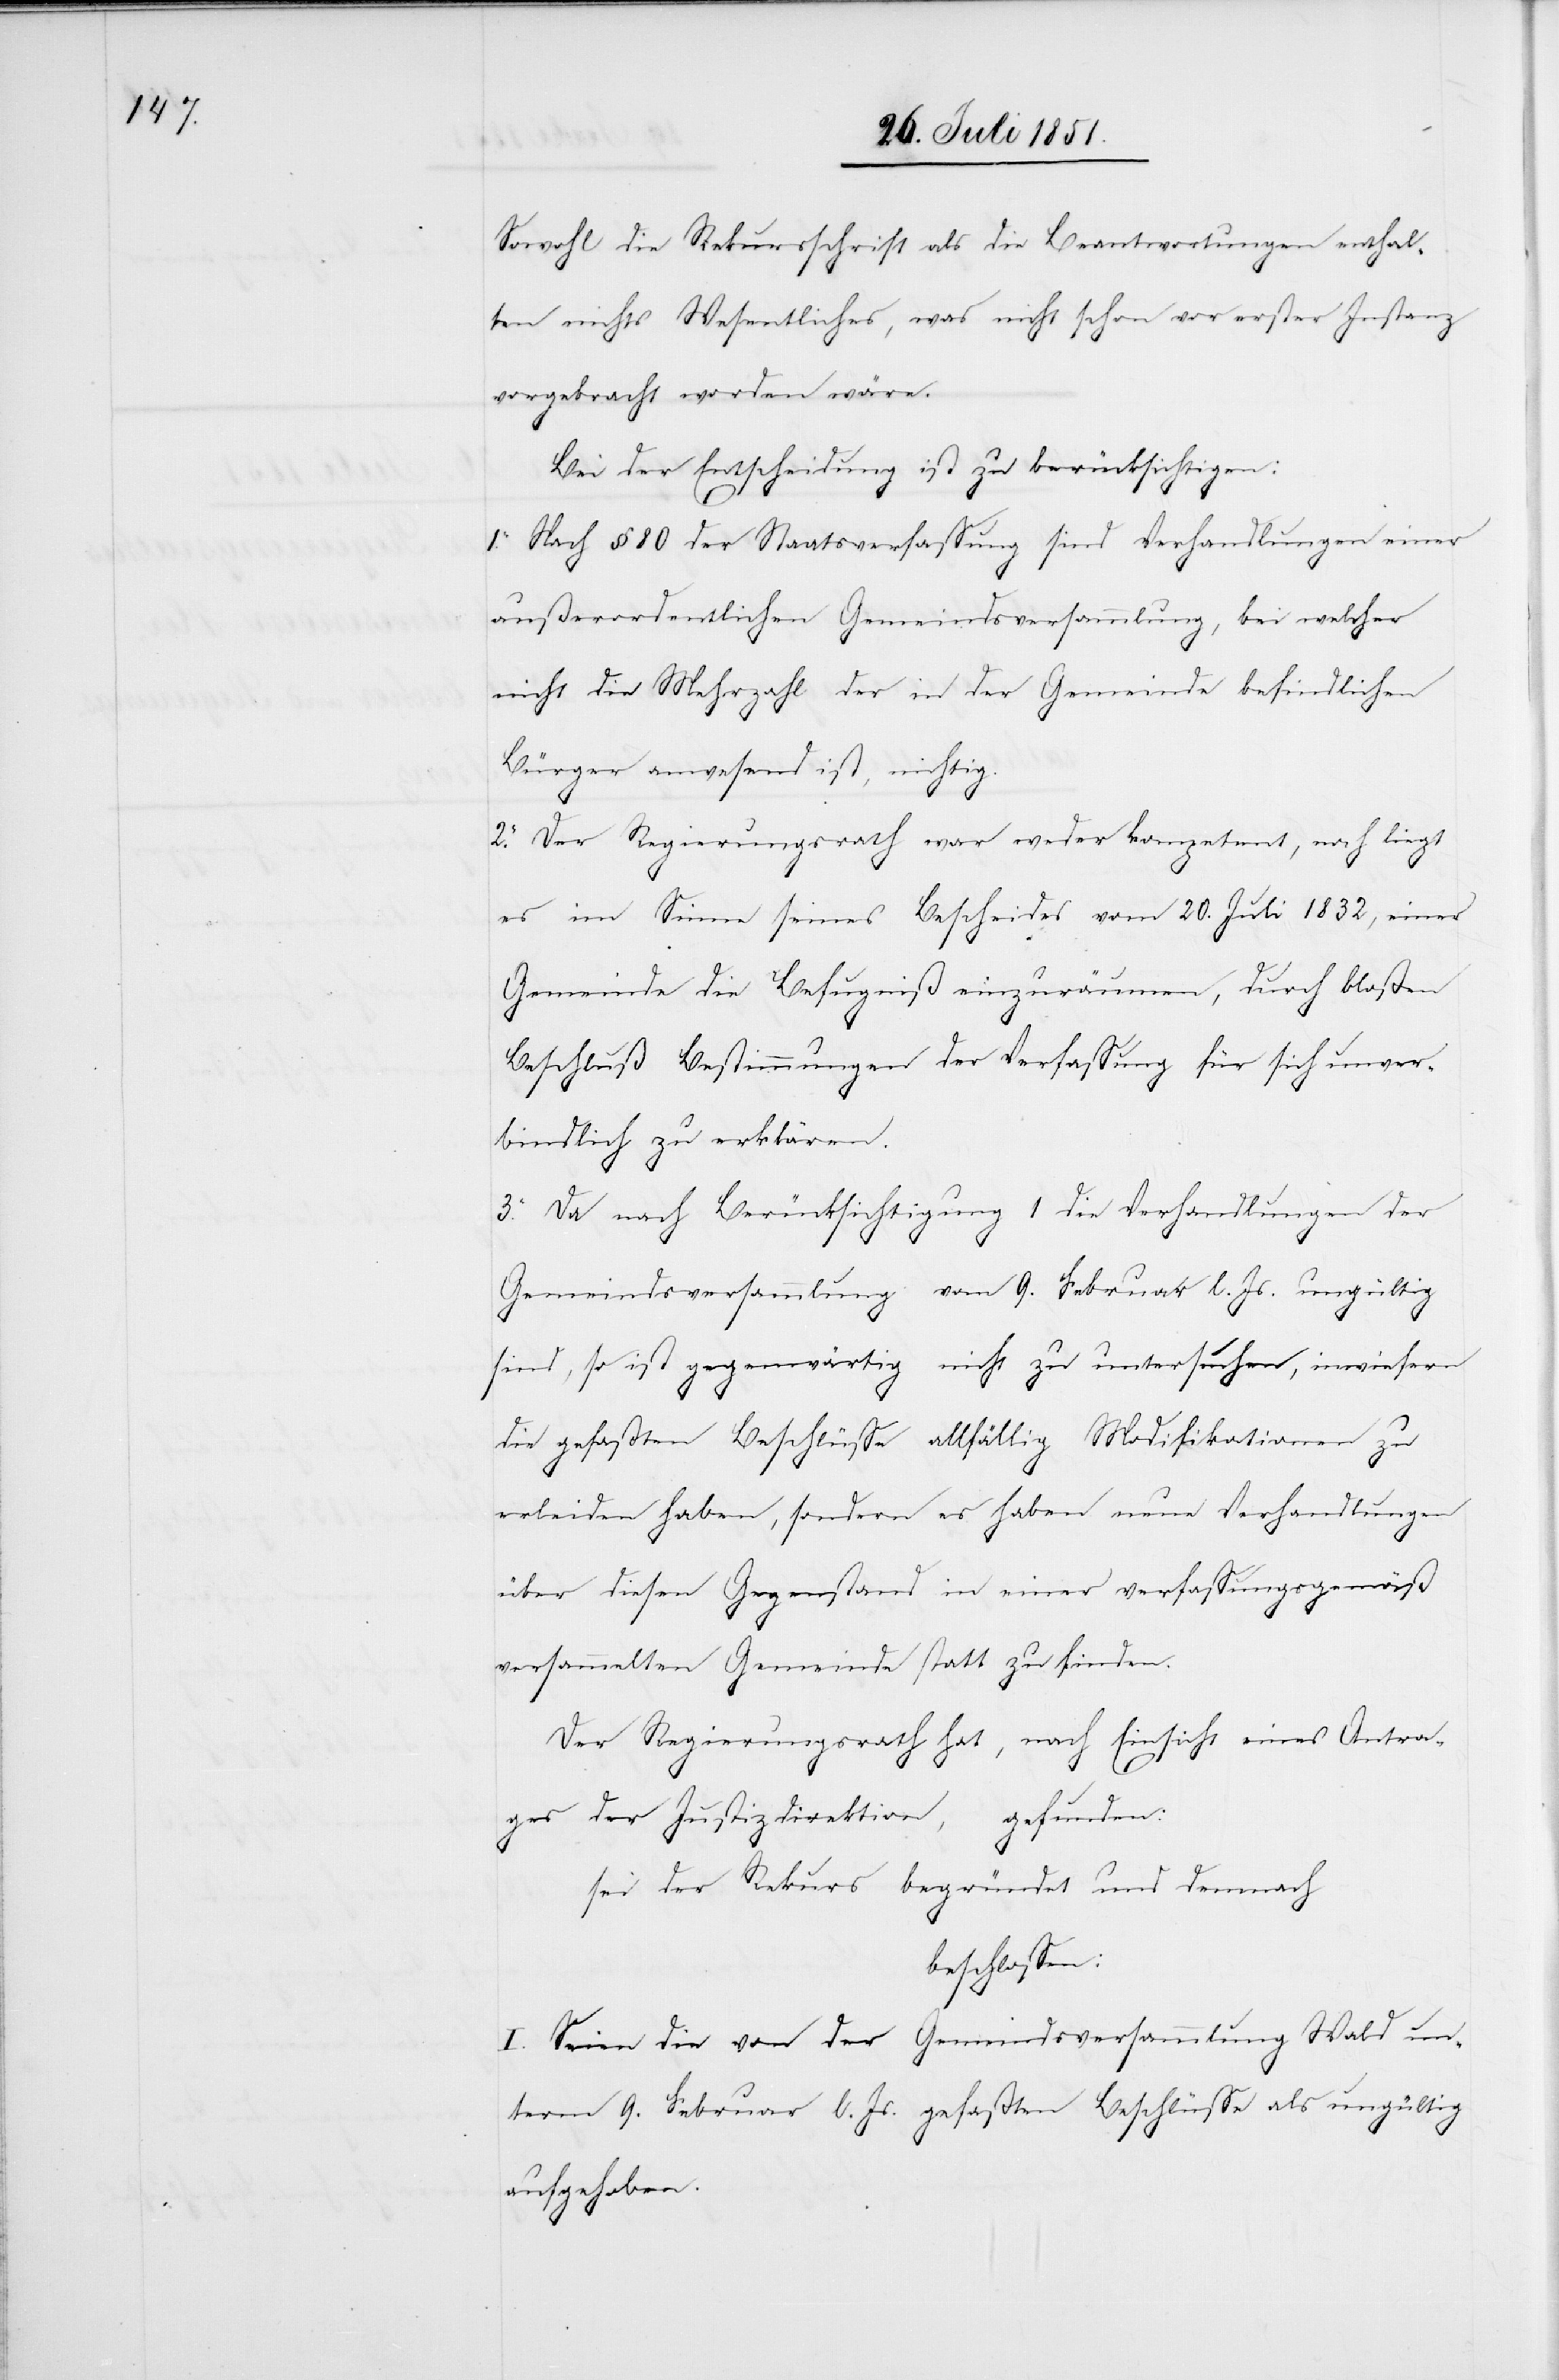
Sowohl die Rekursschrift als die Beantwortungen enthal¬
ten nichts Wesentliches, was nicht schon vor erster Instanz
vorgebracht worden wäre.
Bei der Entscheidung ist zu berücksichtigen:
1. Nach § 80 der Staatsverfassung sind Verhandlungen einer
außerordentlichen Gemeindsversammlung, bei welcher
nicht die Mehrzahl der in der Gemeinde befindlichen
Bürger anwesend ist, nichtig.
2. Der Regierungsrath war weder kompetent, noch liegt
es im Sinne seines Bescheides vom 20. Juli 1832, einer
Gemeinde die Befugniß einzuräumen, durch bloßen
Beschluß Bestimmungen der Verfassung für sich unver¬
bindlich zu erklären.
3. Da nach Berücksichtigung 1 die Verhandlungen der
Gemeindsversammlung vom 9. Februar l. Js. ungültig
sind, so ist gegenwärtig nicht zu untersuchen, inwiefern
die gefaßten Beschlüsse allfällig Modifikationen zu
erleiden haben, sondern es haben neue Verhandlungen
über diesen Gegenstand in einer verfassungsgemäß
versammelten Gemeinde statt zu finden.
Der Regierungsrath hat, nach Einsicht eines Antra¬
ges der Justizdirektion, gefunden:
sei der Rekurs begründet und demnach
beschlossen:
I. Seien die von der Gemeindsversammlung Wald un¬
term 9. Februar l. Js. gefassten Beschlüsse als ungültig
aufgehoben.